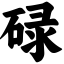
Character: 碌